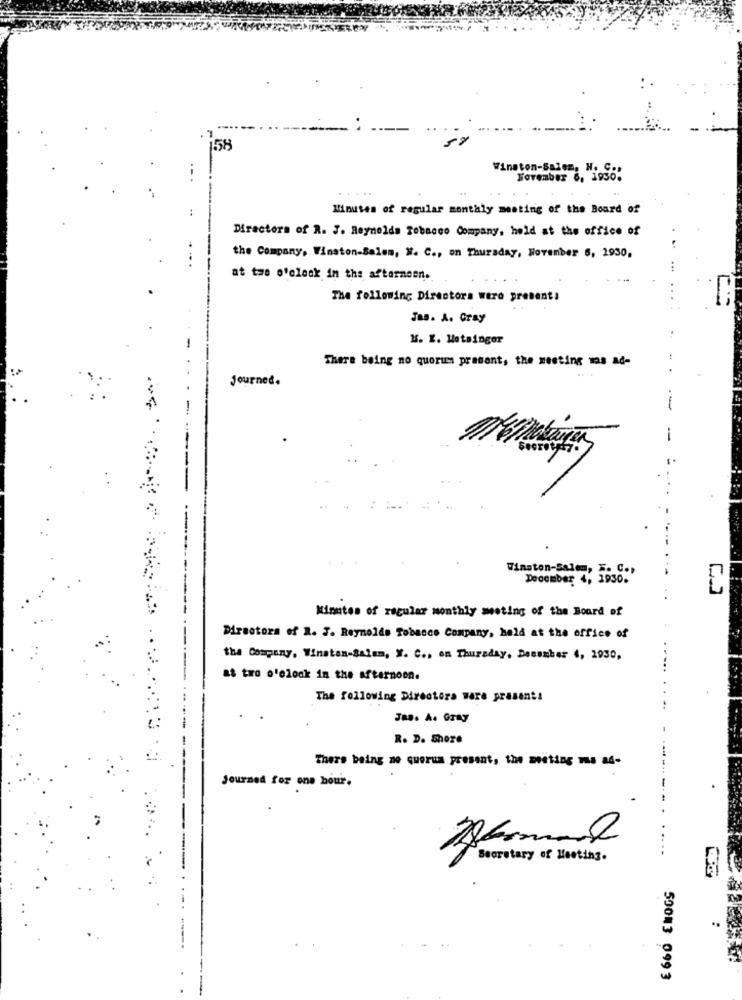
158
Winston-Salem. H. C .:
Forember 6, 1930.
.. ..
Minutes of regular monthly meeting of the Board of
Directors of R. J. Reynolds Tobacco Company, held at the office of
the Company, Winston-Salem, W. C ., on Thursday, November 5, 1930,
at the o'clock in the afternoon.
The following Directors were present:
Jas. A. Gray
M. I. Motainger
There being no quorums prasant, the meeting ma ad-
Journed.
-
.
Winston-salem, ". C .,
December 4, 1930.
Minutes of regular monthly meeting of the Board of
Directora of A. J. Reynolds Tobacco Company, held at the office of
the Company, Winston-Salem, W. C ., on Thursday, December 4, 1930,
at tro o'clock in the afternoon.
The following Directora were present!
Jas. A. Gray
R. D. Shore
There being me querem present, the meeting was ad-
Journed for one hour.
Afmal
Becretary of Meeting.
..
50083 0993